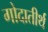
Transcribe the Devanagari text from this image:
गोदातीर्थ